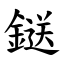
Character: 鎹